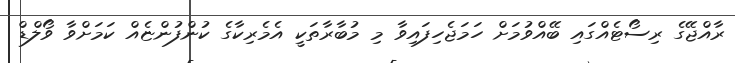
ރާއްޖޭގެ ރިސޯޓެއްގައި ބޭއްވުމަށް ހަމަޖެހިފައިވާ މި މުބާރާތަކީ އެމެރިކާގެ ކުންފުންޏެއް ކަމަށްވާ ވޯލްޑް